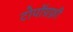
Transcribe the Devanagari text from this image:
टोपॉग्रफ़ी